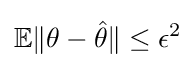
\mathbb {E} \|\theta -{\hat {\theta }}\|\leq \epsilon ^{2}